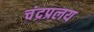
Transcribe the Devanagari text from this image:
चंद्रप्रलय